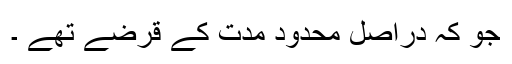
جو کہ دراصل محدود مدت کے قرضے تھے ۔